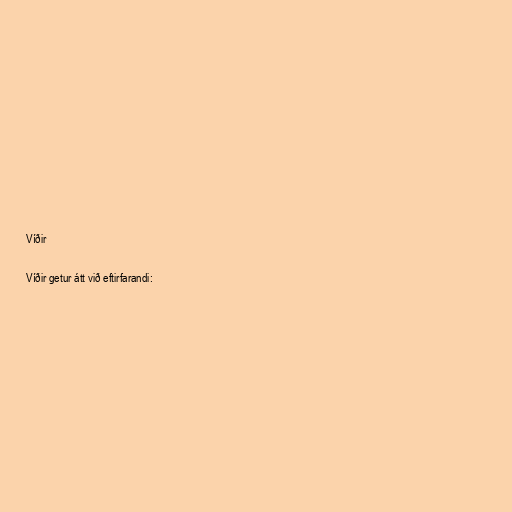
Víðir

Víðir getur átt við eftirfarandi: